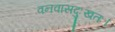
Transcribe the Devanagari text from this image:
वनवासदुःखतः।